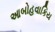
આબોહવાકિય